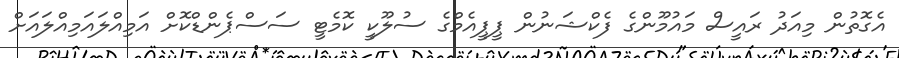
އެގޮތުން މިއަދު ރައީސް މައުމޫންގެ ފެކްޝަނުން ޕީޕީއެމްގެ ސުލޫކީ ކޮމެޓީ ސަސްޕެންޑްކޮށް އަމިއްލައަމިއްލައަށް